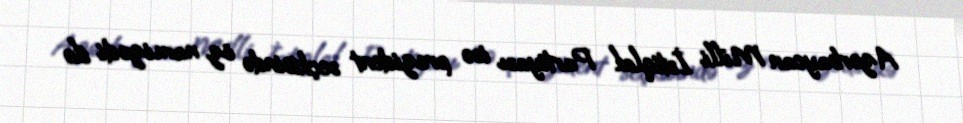
Azərbaycan Milli İstiqlal Partiyası isə prezident seçkisində öz namizədi ilə